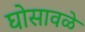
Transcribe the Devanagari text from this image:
घोसावळे